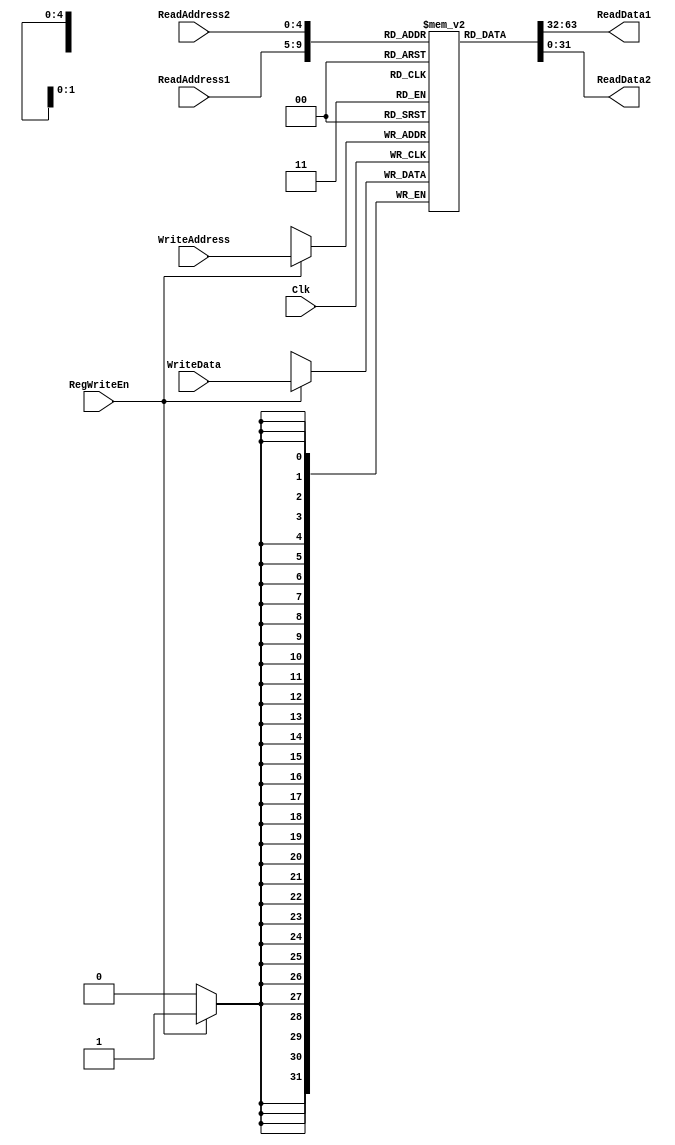
module regfile(WriteData, WriteAddress, RegWriteEn, ReadAddress1,
 ReadAddress2, ReadData1, ReadData2, Clk);
  input [31:0] WriteData;
  output [31:0] ReadData1, ReadData2;
  input [4:0] WriteAddress, ReadAddress1, ReadAddress2;
  input RegWriteEn, Clk;
  reg [31:0] ReadData1, ReadData2;
  reg [31:0] register [31:0];
  
  always @(*) begin
    ReadData1 = register[ReadAddress1];
    ReadData2 = register[ReadAddress2];
  end    
  always @(posedge Clk) begin
    if (RegWriteEn)
    register[WriteAddress] <= WriteData;  
  end
endmodule